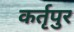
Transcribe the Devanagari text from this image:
कर्तृपुर